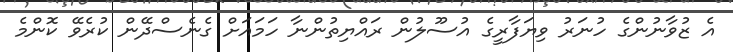
އެ ޒުވާނުންގެ ހުނަރު ވިޔަފާރީގެ އުސޫލުން ރައްޔިތުންނާ ހަމައަށް ގެނެސްދޭން ކުރެވޭ ކޮންމެ